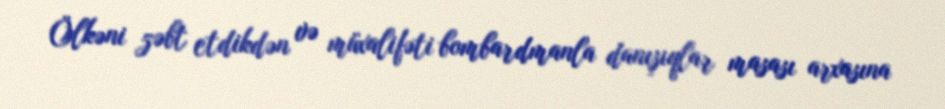
Ölkəni zəbt etdikdən və müxalifəti bombardmanla danışıqlar masası arxasına